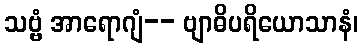
သဗ္ဗံ အာရောဂျံ-- ဗျာဓိပရိယောသာနံ၊